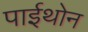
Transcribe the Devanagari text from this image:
पाईथोन